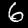
Label: 6